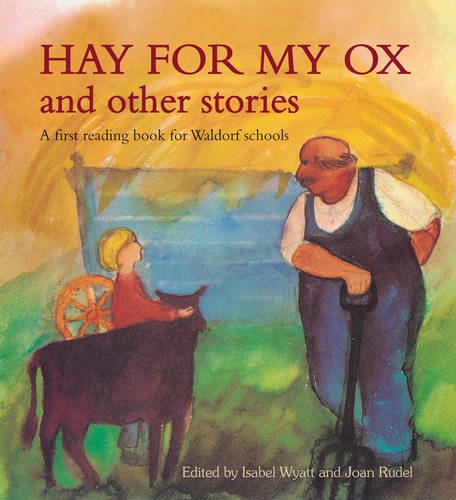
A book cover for Hay for My Ox and Other Stories: A First Reading Book for Waldorf Schools; Children's Books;